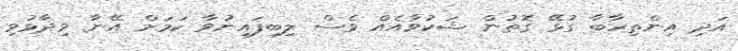
އަދި އިންތިހާބާ ގުޅޭ ގޮތުން ޝަކުވާއެއް ވެސް ލިބިފައިނުވާ ކަމަށް އޭނާ ވިދާޅުވި